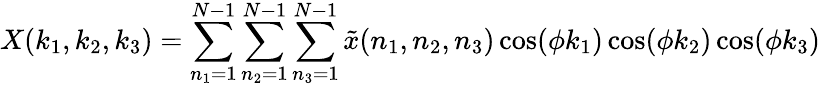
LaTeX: X(k_{1},k_{2},k_{3})=\sum_{n_{1}=1}^{N-1}\sum_{n_{2}=1}^{N-1}\sum_{n_{3}=1}^{N-1}{\tilde{x}}(n_{1},n_{2},n_{3})\cos(\phi k_{1})\cos(\phi k_{2})\cos(\phi k_{3})